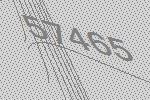
57465